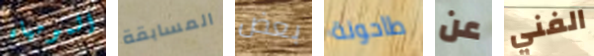
المومياء المسابقة بعض طاحونة عن الفني